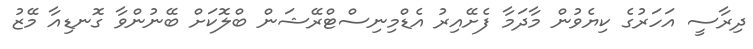
ދިރާސީ އަހަރުގެ ކިޔެވުން މާދަމާ ފެށޭއިރު އެޑްމިނިސްޓްރޭޝަން ބްލޮކަށް ބޭނުންވާ ގޮނޑިއާ މޭޒު